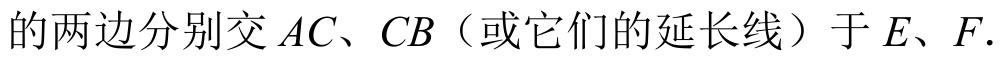
的两边分别交$AC、CB$（或它们的延长线）于$E、F.$